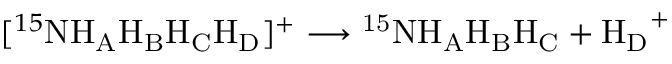
[ ^ { 1 5 } \mathrm { N H _ { A } H _ { B } H _ { C } H _ { D } } ] ^ { + } \longrightarrow \mathrm { ^ { 1 5 } N H _ { A } H _ { B } H _ { C } } + \mathrm { H _ { D } } ^ { + }